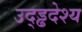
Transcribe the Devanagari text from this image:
उद्ड्ढदेश्य